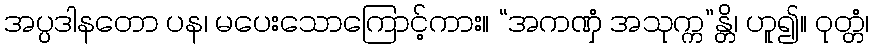
အပ္ပဒါနတော ပန၊ မပေးသောကြောင့်ကား။ “အကဏှံ အသုက္က”န္တိ၊ ဟူ၍။ ဝုတ္တံ၊